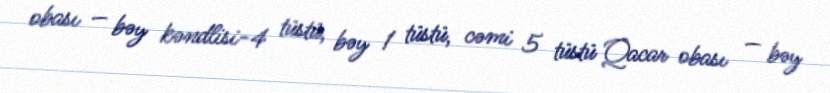
obası — bəy kəndlisi-4 tüstü, bəy 1 tüstü, cəmi 5 tüstü Qacar obası — bəy